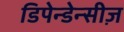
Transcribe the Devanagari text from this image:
डिपेन्डेन्सीज़